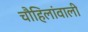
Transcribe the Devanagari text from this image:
चौहिलांवाली